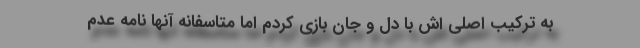
به ترکیب اصلی اش با دل و جان بازی کردم اما متاسفانه آنها نامه عدم